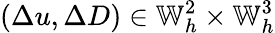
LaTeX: (\Delta u,\Delta D)\in\mathbb{W}_{h}^{2}\times\mathbb{W}_{h}^{3}